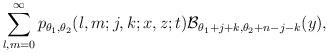
LaTeX: \begin{align*}\sum_{l,m=0}^\infty p_{\theta_1,\theta_2}(l,m;j,k;x,z;t){\cal B}_{\theta_1+j+k,\theta_2+n-j-k}(y),\end{align*}